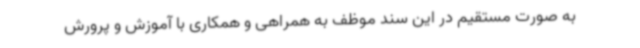
به صورت مستقیم در این سند موظف به همراهی و همکاری با آموزش و پرورش